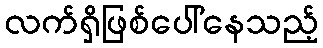
လက်ရှိဖြစ်ပေါ်နေသည့်